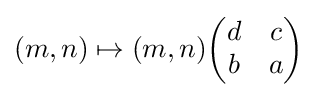
(m,n)\mapsto (m,n){\begin{pmatrix}d&c\\b&a\end{pmatrix}}